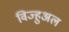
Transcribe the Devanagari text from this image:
विज्हुअल